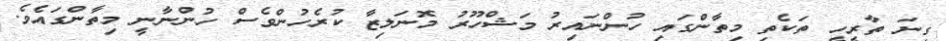
ގިނަ ތާރީހީ ތަކެތި މިތާންގައި ހުންނައިރު މަޝްހޫރު މޮނަލިޒާ ކުރެހުންވެސް ހުންނާނީ މިތާންގައެވެ.